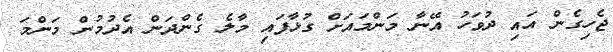
ޖެހިގެން އައި ދުވަހު އޭނާ މަންމައަށް ގުޅާފައި މާލެ ގެންދަން އެދުމުން މަންމަ